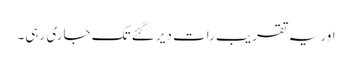
اور یہ تقریب رات دیر گئے تک جاری رہی۔